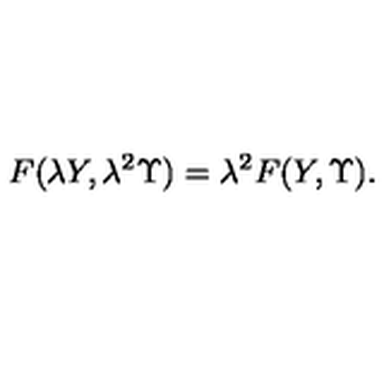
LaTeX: F ( \lambda Y , \lambda ^ { 2 } \Upsilon ) = \lambda ^ { 2 } F ( Y , \Upsilon ) .